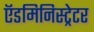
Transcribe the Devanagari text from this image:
ऍडमिनिस्ट्रेटर